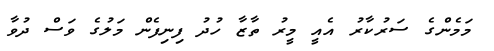
މަމެންގެ ސަރުކާރު އެއީ މީރު ތާޒާ ހުދު ފިނިފެން މަލުގެ ވަސް ދުވާ